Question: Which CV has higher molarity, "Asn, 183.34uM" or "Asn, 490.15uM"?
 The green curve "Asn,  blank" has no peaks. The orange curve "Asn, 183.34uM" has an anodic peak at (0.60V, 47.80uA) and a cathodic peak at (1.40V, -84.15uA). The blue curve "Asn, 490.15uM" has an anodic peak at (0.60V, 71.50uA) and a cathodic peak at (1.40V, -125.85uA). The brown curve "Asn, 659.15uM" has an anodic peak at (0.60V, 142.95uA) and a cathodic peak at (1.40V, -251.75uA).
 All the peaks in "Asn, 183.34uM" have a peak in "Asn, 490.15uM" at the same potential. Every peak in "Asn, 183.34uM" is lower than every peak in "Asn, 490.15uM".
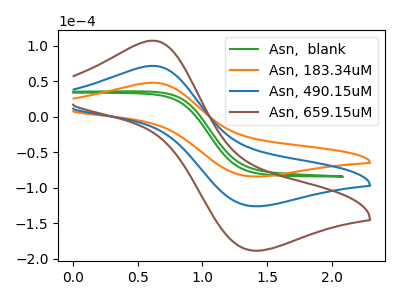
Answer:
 <answer>"Asn, 183.34uM" has less signal than "Asn, 490.15uM" and so likely has a lower concentration.</answer>
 <eval>less_concentration</eval>